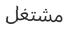
مشتغل